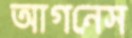
আগনেস